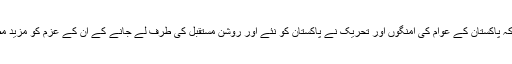
انہوں نے کہا کہ پاکستان کے عوام کی امنگوں اور تحریک نے پاکستان کو نئے اور روشن مستقبل کی طرف لے جانے کے ان کے عزم کو مزید مضبوط کیا ہے۔